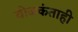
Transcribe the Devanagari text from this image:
योजकंताही